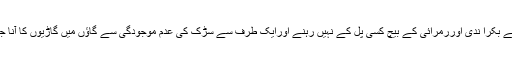
تین طرف سے بکرا ندی اوررمرائی کے بیچ کسی پل کے نہیں رہنے اورایک طرف سے سڑک کی عدم موجودگی سے گاؤں میں گاڑیوں کا آنا جانا نہیں ہے۔